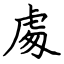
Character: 䖏